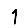
Digit: 1